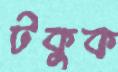
টকুক